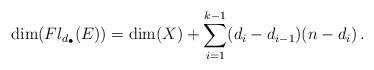
LaTeX: \begin{align*}\dim (Fl_{d_{\bullet}}(E))= \dim(X)+\sum_{i=1}^{k-1}(d_i-d_{i-1})(n-d_i)\,.\end{align*}